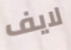
لايف